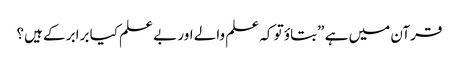
قرآن میں ہے ”بتاؤ تو کہ علم والے اور بے علم کیا برابر کے ہیں؟